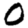
Digit: 0